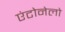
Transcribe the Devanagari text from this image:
एंटोनेलो